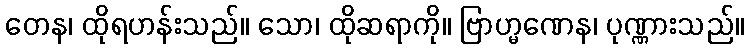
တေန၊ ထိုရဟန်းသည်။ သော၊ ထိုဆရာကို။ ဗြာဟ္မဏေန၊ ပုဏ္ဏားသည်။